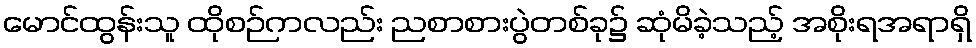
မောင်ထွန်းသူ ထိုစဉ်ကလည်း ညစာစားပွဲတစ်ခု၌ ဆုံမိခဲ့သည့် အစိုးရအရာရှိ